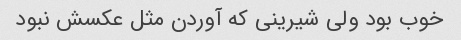
خوب بود ولی شیرینی که آوردن مثل عکسش نبود